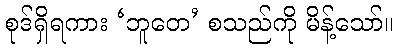
စုဒ်ရှိရကား ‘ဘူတေ’ စသည်ကို မိန့်သော်။